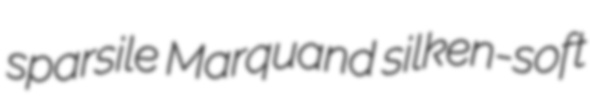
sparsile Marquand silken-soft